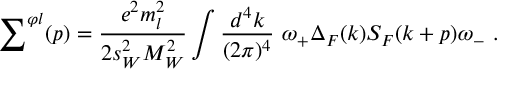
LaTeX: { \sum } ^ { \varphi l } ( p ) = \frac { e ^ { 2 } m _ { l } ^ { 2 } } { 2 s _ { W } ^ { 2 } M _ { W } ^ { 2 } } \int \frac { d ^ { 4 } k } { ( 2 \pi ) ^ { 4 } } \ \omega _ { + } \Delta _ { F } ( k ) S _ { F } ( k + p ) \omega _ { - } \ .